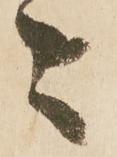
々